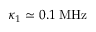
\kappa _ { 1 } \simeq 0 . 1 \; \mathrm { M H z }